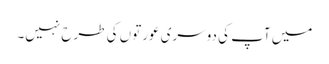
میں آپ کی دوسری عورتوں کی طرح نہیں۔